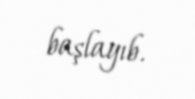
başlayıb.